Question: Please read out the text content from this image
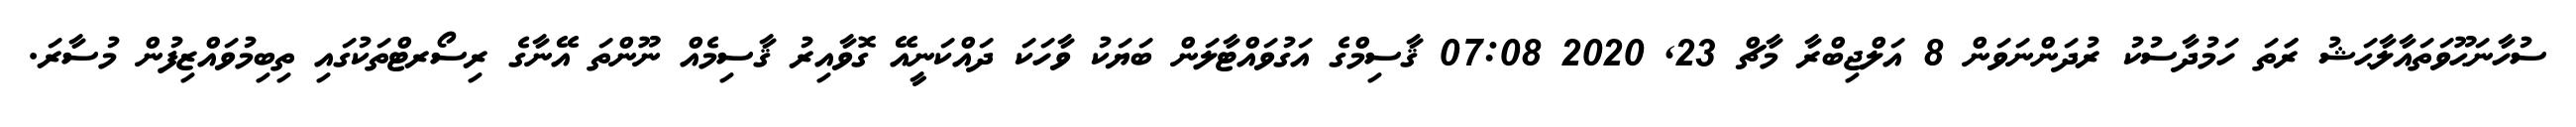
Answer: ސުހާނަޙޫވަތައާލާޙަޝު ރަަތަ ހަމުދާސުކު ރުދަންނަވަން 8 އަލްޖިބްރާ މާޗް 23, 2020 07:08 ޤާސިމްގެ އަގުވައްޓާލަން ބަޔަކު ވާހަކަ ދައްކަނީއޭ ގޮވާއިރު ޤާސިމެއް ނޫންތަ އޭނާގެ ރިސޯރޓްތަކުގައި ތިބިމުވައްޒިފުން މުސާރަ.